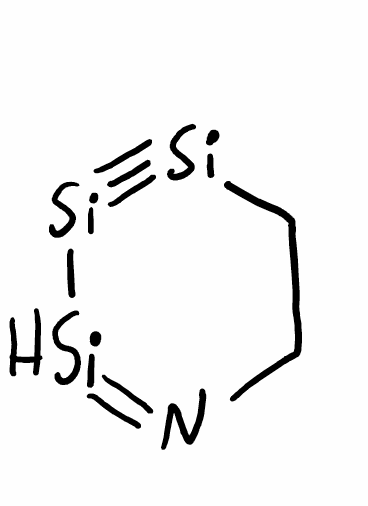
Simplified molecular-input line-entry system (SMILES) notation of the given molecule:
C1C[Si]#[Si][SiH]=N1